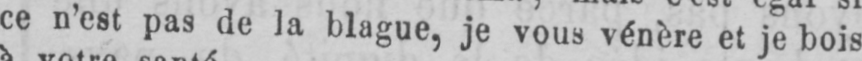
ce n’est pas de la blague, je vous vénère et je bois